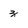
Character: z